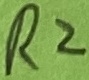
Text: R2